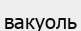
вакуоль